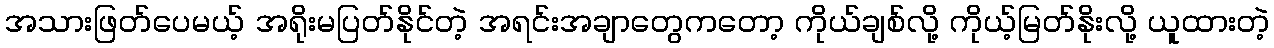
အသားဖြတ်ပေမယ့် အရိုးမပြတ်နိုင်တဲ့ အရင်းအချာတွေကတော့ ကိုယ်ချစ်လို့ ကိုယ့်မြတ်နိုးလို့ ယူထားတဲ့